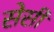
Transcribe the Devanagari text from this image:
सेसी